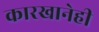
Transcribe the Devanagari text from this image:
कारखानेही